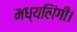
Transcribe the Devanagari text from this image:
मध्यलिंगी।